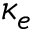
\kappa _ { e }